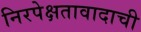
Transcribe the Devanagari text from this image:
निरपेक्षतावादाची